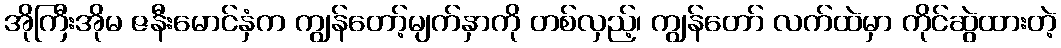
အိုကြီးအိုမ ဇနီးမောင်နှံက ကျွန်တော့်မျက်နှာကို တစ်လှည့်၊ ကျွန်တော် လက်ထဲမှာ ကိုင်ဆွဲထားတဲ့